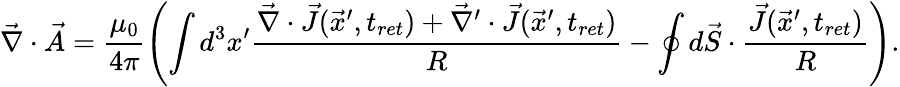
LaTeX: \vec{\nabla}\cdot\vec{A}=\frac{\mu_{0}}{4\pi}\left(\int d^{3}x^{\prime}\frac{\vec{\nabla}\cdot\vec{J}(\vec{x}^{\prime},t_{ret})+\vec{\nabla}^{\prime}\cdot\vec{J}(\vec{x}^{\prime},t_{ret})}{R}-\oint d\vec{S}\cdot\frac{\vec{J}(\vec{x}^{\prime},t_{ret})}{R}\right).